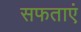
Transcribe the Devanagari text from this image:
सफताएं